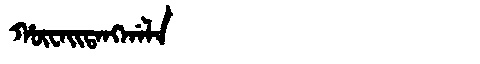
Manchu: ᡥᡡᠸᠠᡳᡨᠠᠩᡤᠠᠯᠠ
Romanization: HŪWAITANGGALA